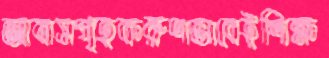
আবাসগৃহকরুণভাবেইশিক্ষ